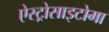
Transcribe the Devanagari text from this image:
ऐस्ट्रोसाइटोमा